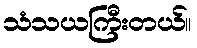
သံသယကြီးတယ်။